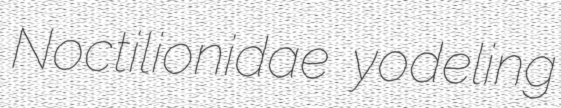
Noctilionidae yodeling